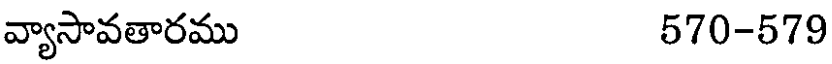
వ్యాసావతారము 570-579